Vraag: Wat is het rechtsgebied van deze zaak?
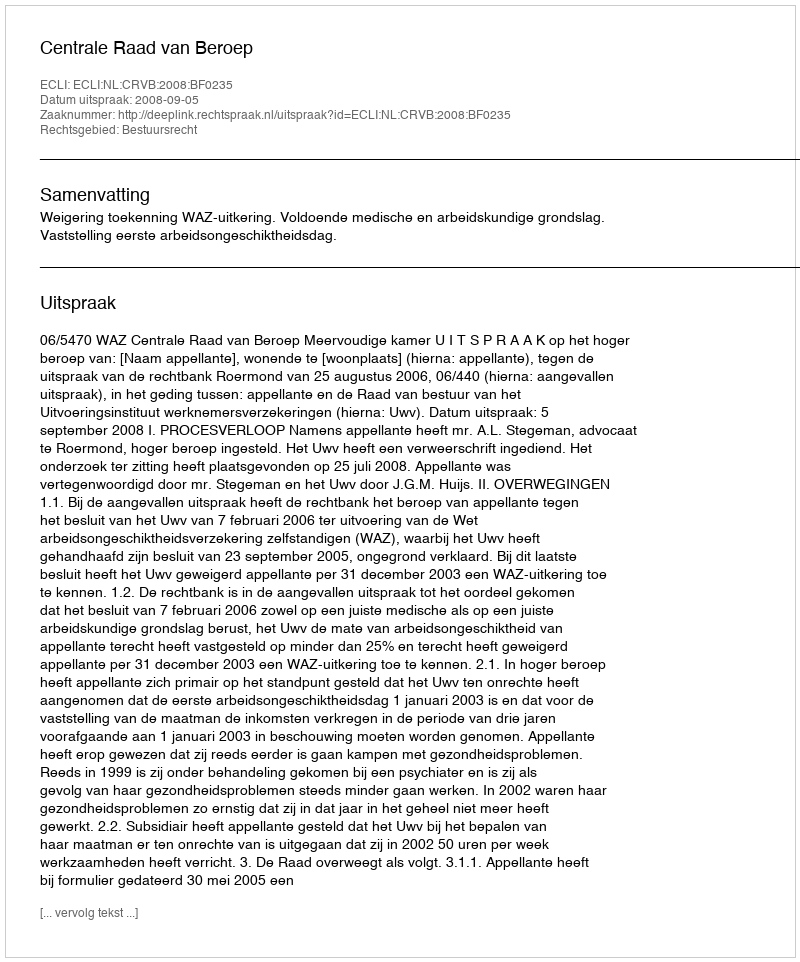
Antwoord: Bestuursrecht